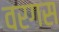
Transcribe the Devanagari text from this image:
वरगस